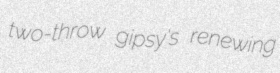
two-throw gipsy's renewing